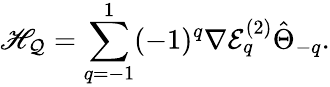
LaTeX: \mathscr{H}_{\mathcal{{Q}}}=\sum_{q=-1}^{1}(-1)^{q}\nabla\mathcal{{E}}_{q}^{(2)}\hat{{\Theta}}_{-q}.